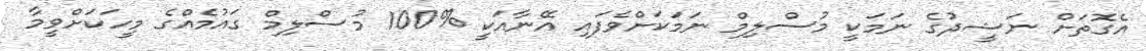
އެގޮތަށް ނަޝީދުގެ ނަމަކީ މުސްލިމް ނަމަކަށްވެފައި އޭނާއަކީ %100 މުސްލިމް ގައުމެއްގެ މީހަކަށްވީމާ